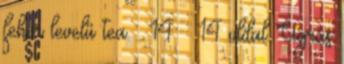
fehér levelű tea. . 14 14 oldal Ugrás